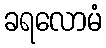
ခရလောမံ